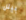
بيتل